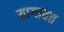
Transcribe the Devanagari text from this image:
यागावत